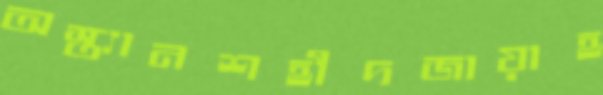
অস্ত্যানশহীদজায়াহ